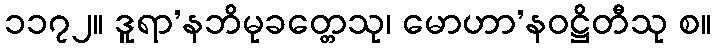
၁၁၇၂။ ဒူရာ’နဘိမုခတ္တေသု၊ မောဟာ’နဝဋ္ဌိတီသု စ။